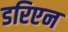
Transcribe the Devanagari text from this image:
डरिएन